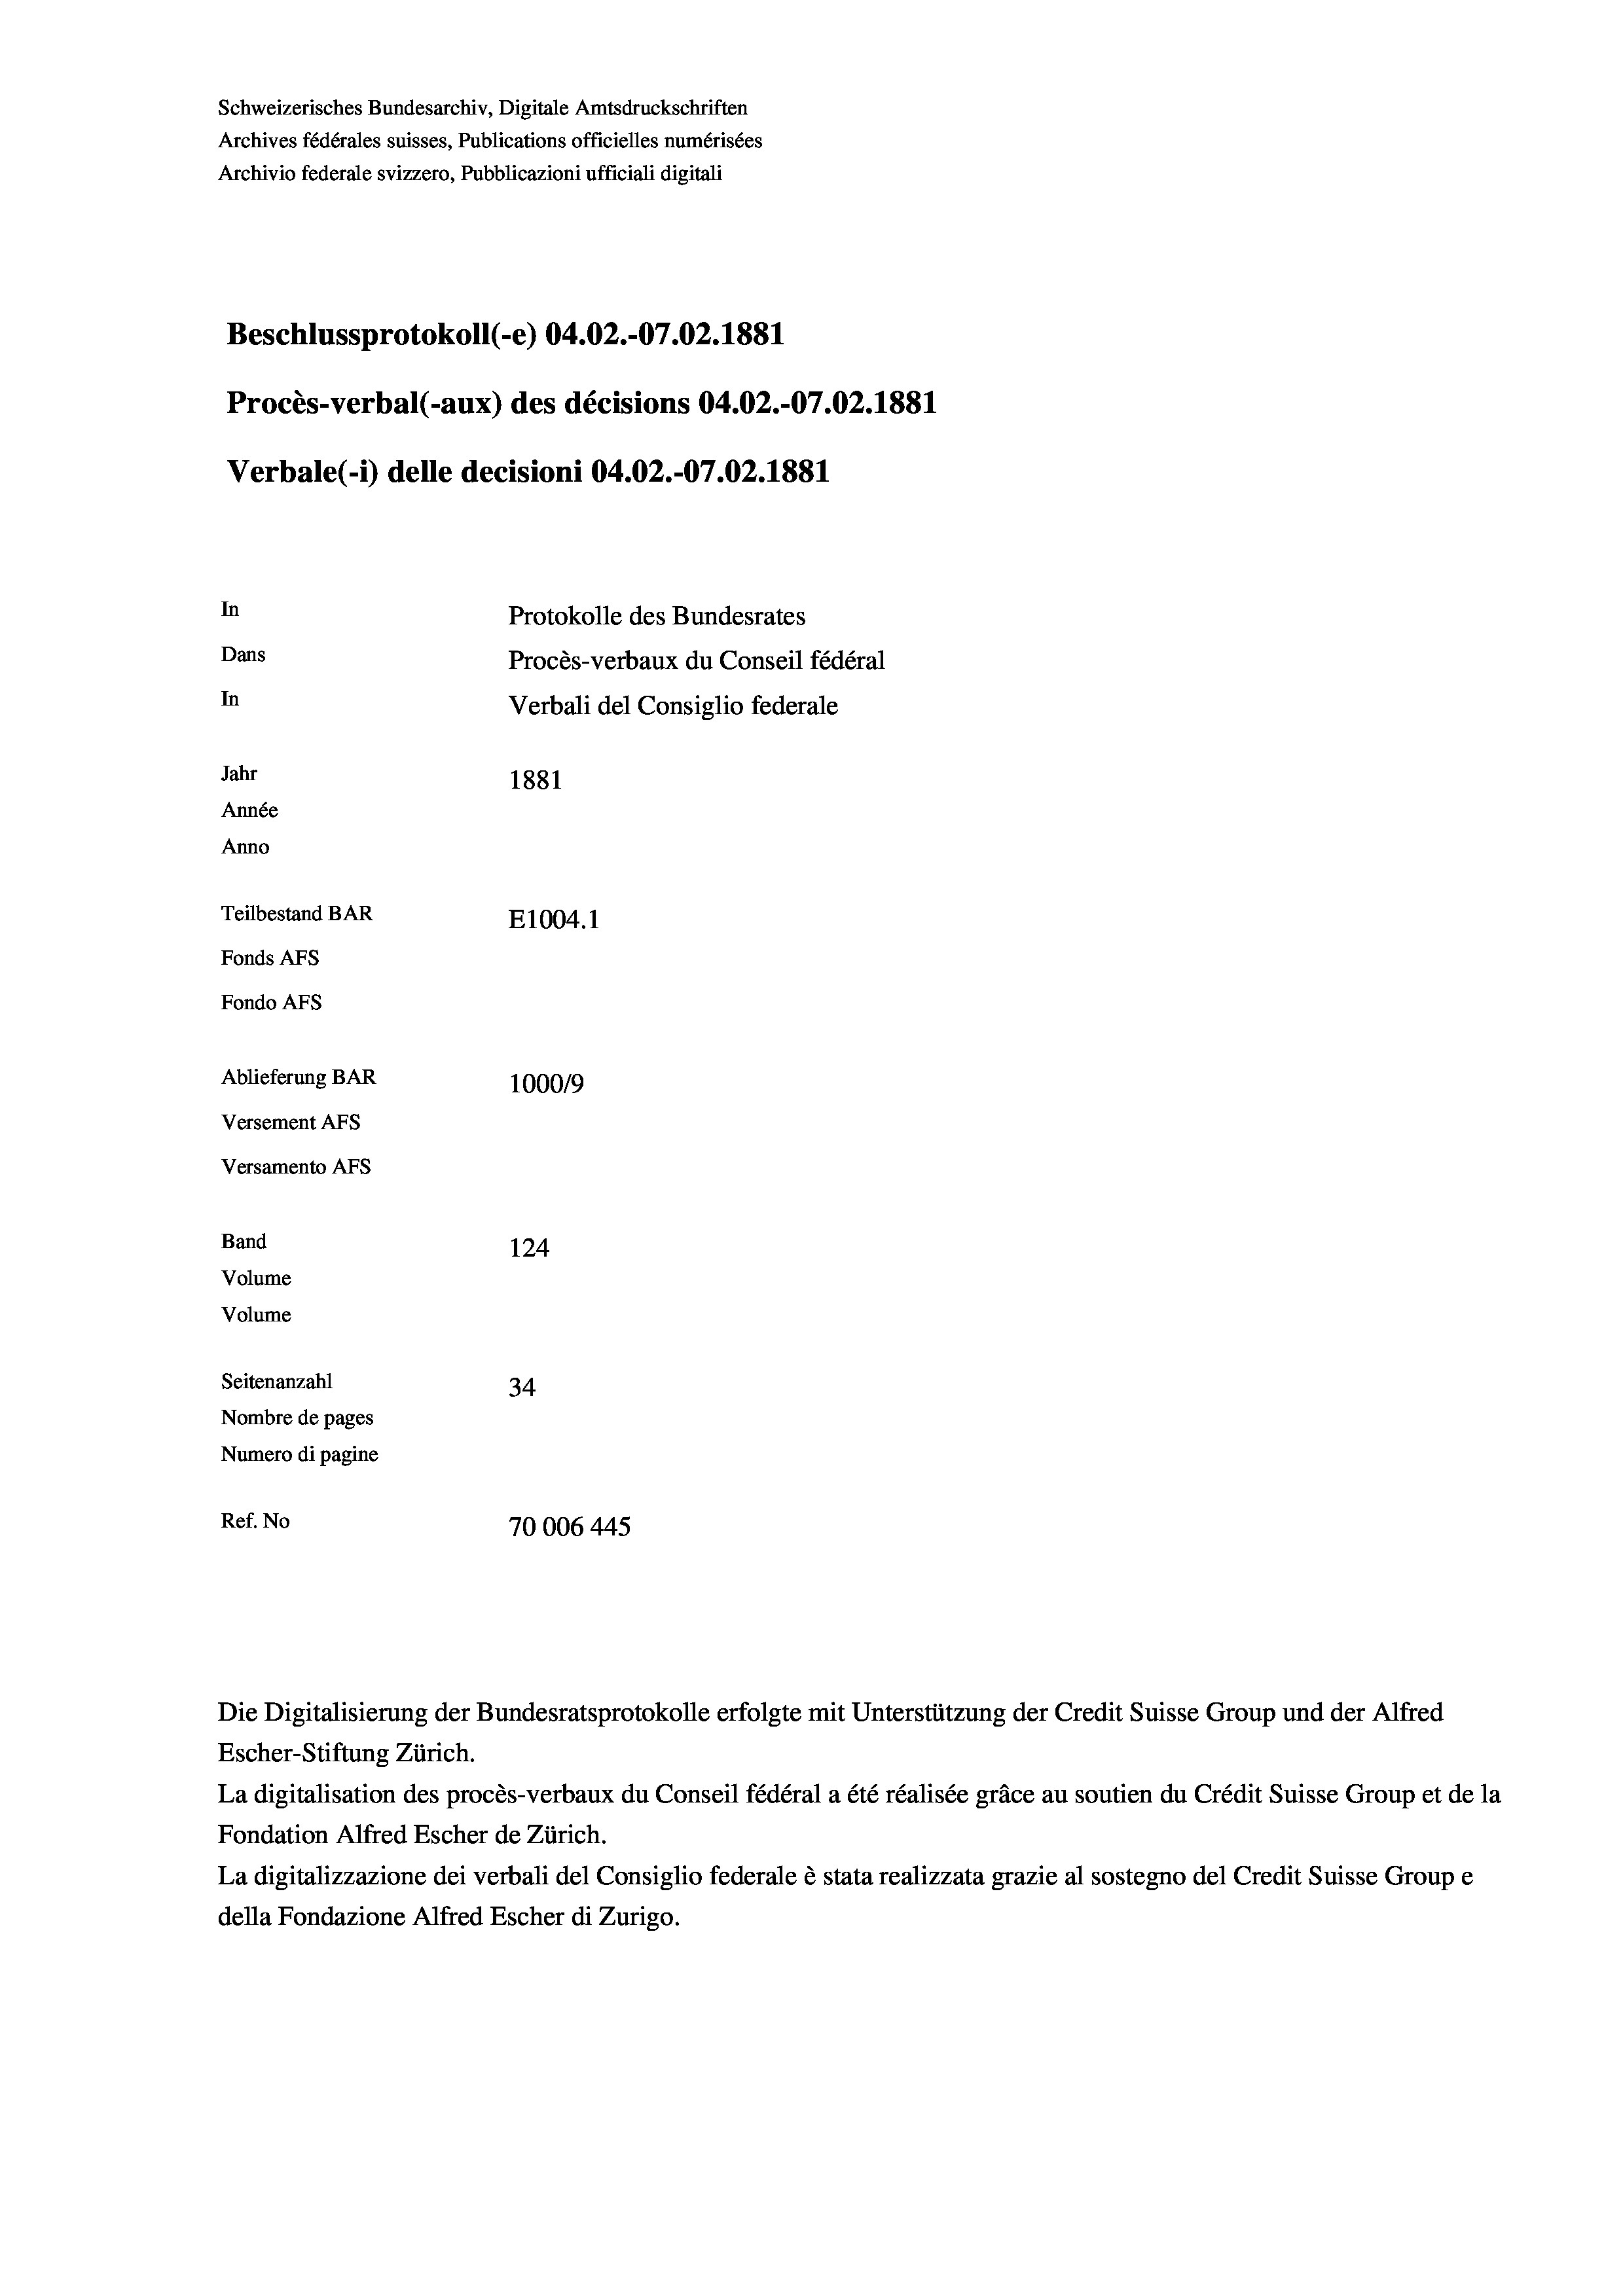
Schweizerisches Bundesarchiv, Digitale Amtsdruckschriften
Archives fédérales suisses, Publications officielles numérisées
Archivio federale svizzero, Pubblicazioni ufficiali digitali
Beschlussprotokoll (-e) 04.02.-07.02. 1881
Procès-verbal (-aux) des décisions 04.02.-07.02. 1881
Verbale(-*) delle decisioni 04.02.-07.02.1881
In
Protokolle des Bundesrates
Dans
Procès-verbaux du Conseil fédéral
In
Verbali del Consiglio federale
Jahr
1881
Année
Anno
Teilbestand BAR
E1004. 1
Fonds AFs
Fondo Afs
Ablieferung BAR
100019
Versement AFs
Versamento Afs
Band
124
Volume
Volume
Seitenanzahl
34
Nombre de pages
Numero di pagine
Ref. No
70006 445

Escher-Stiftung Zürich.
La digitalisation des procès-verbaux du Conseil fédéral a été réalisée gräce au soutien du Crédit Suisse Group et de la
Fondation Alfred Escher de Zürich.
La digitalizzazione dei verbali del Consiglio federale è stata realizzata grazie al sostegno del Credit Suisse Groupe
della Fondazione Alfred Escher di Zurigo.

Die Digitalisierung der Bundesratsprotokolle erfolgte mit Unterstützung der Credit Suisse Group und der Alfred